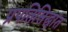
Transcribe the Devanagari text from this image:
प्रपतिसिद्धांत